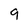
Character: 9